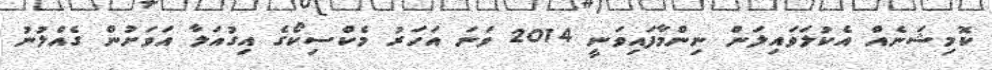
ކޮމިޝަނެއް އެކުލަވައިލަން ނިންމާފައިވަނީ 2014 ވަނަ އަހަރު މެކްސިކޯގެ އިގުއަލާ އަވަށުން ގެއްލުނު